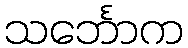
သင်္ဘောက